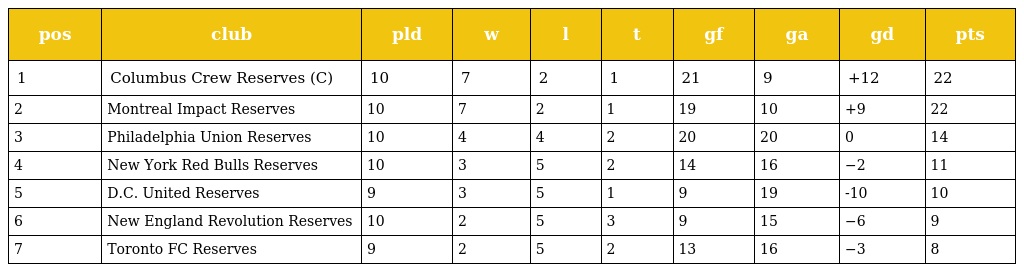
| pos | club | pld | w | l | t | gf | ga | gd | pts |
 | --- | --- | --- | --- | --- | --- | --- | --- | --- | --- |
 | 1 | Columbus Crew Reserves (C) | 10 | 7 | 2 | 1 | 21 | 9 | +12 | 22 |
 | 2 | Montreal Impact Reserves | 10 | 7 | 2 | 1 | 19 | 10 | +9 | 22 |
 | 3 | Philadelphia Union Reserves | 10 | 4 | 4 | 2 | 20 | 20 | 0 | 14 |
 | 4 | New York Red Bulls Reserves | 10 | 3 | 5 | 2 | 14 | 16 | −2 | 11 |
 | 5 | D.C. United Reserves | 9 | 3 | 5 | 1 | 9 | 19 | -10 | 10 |
 | 6 | New England Revolution Reserves | 10 | 2 | 5 | 3 | 9 | 15 | −6 | 9 |
 | 7 | Toronto FC Reserves | 9 | 2 | 5 | 2 | 13 | 16 | −3 | 8 |